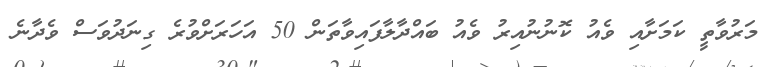
މަރުވާތީ ކަމަށާއި ވެއު ކޮނުނުއިރު ވެއު ބައްދާލާފައިވާތަން 50 އަހަރަށްވުރެ ގިނަދުވަސް ވެދާނެ